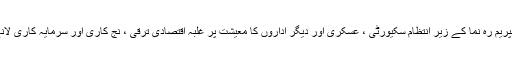
ماہرین معیشت کے نزدیک ایرانی سپریم رہ نما کے زیر انتظام سکیورٹی ، عسکری اور دیگر اداروں کا معیشت پر غلبہ اقتصادی ترقی ، نج کاری اور سرمایہ کاری لانے کی راہ میں مرکزی رکاوٹیں ہیں۔